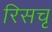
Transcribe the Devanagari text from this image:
रिसचृ